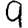
Digit: 9